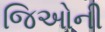
જિઓની